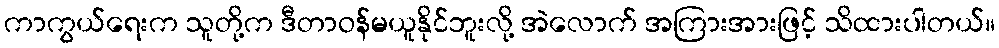
ကာကွယ်ရေးက သူတို့က ဒီတာဝန်မယူနိုင်ဘူးလို့ အဲလောက် အကြားအားဖြင့် သိထားပါတယ်။